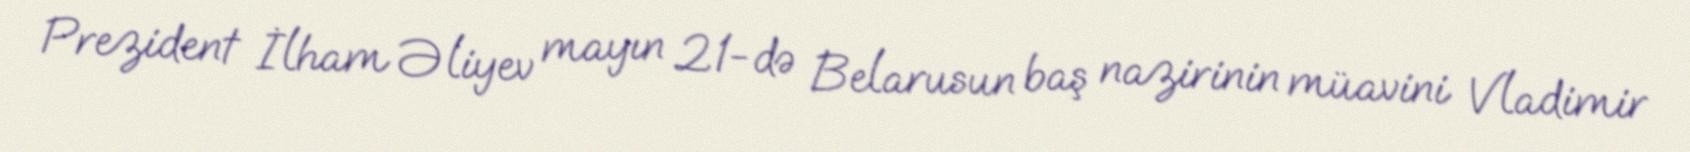
Prezident İlham Əliyev mayın 21-də Belarusun baş nazirinin müavini Vladimir